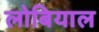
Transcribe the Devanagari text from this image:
लोबियाल